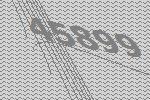
45899